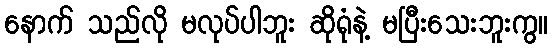
နောက် သည်လို မလုပ်ပါဘူး ဆိုရုံနဲ့ မပြီးသေးဘူးကွ။